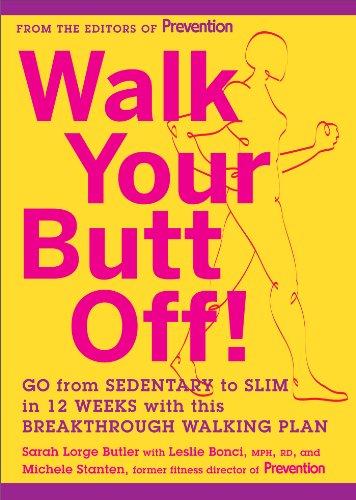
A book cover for Walk Your Butt Off!: Go from Sedentary to Slim in 12 Weeks with This Breakthrough Walking Plan; Sarah Lorge Butler; Health, Fitness & Dieting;